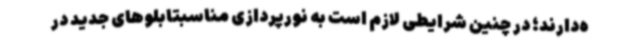
ه‌دارند؛ در چنین شرایطی لازم است به نورپردازی مناسبتابلوهای جدید در